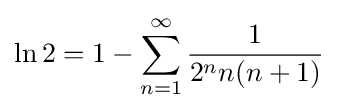
\ln 2=1-\sum _{n=1}^{\infty }{\frac {1}{2^{n}n(n+1)}}